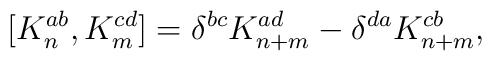
[ K_n^{ab} , K_m^{cd} ]  =  \delta^{bc} K_{n+m}^{ad} -    \delta^{da}  K_{n+m}^{cb} ,